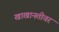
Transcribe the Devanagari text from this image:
खाखानतीवर